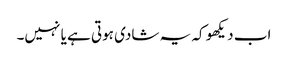
اب دیکھو کہ یہ شادی ہوتی ہے یا نہیں۔